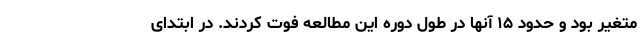
متغیر بود و حدود ۱۵ آنها در طول دوره این مطالعه فوت کردند. در ابتدای